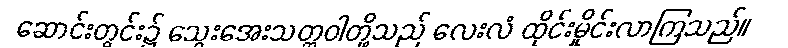
ဆောင်းတွင်း၌ သွေးအေးသတ္တဝါတို့သည် လေးလံ ထိုင်းမှိုင်းလာကြသည်။